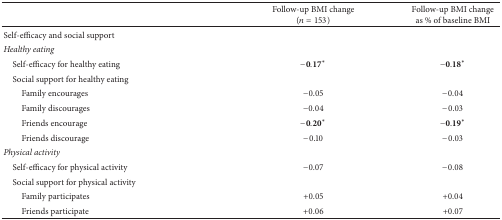
|  | Follow-up BMI change (n = 153) | Follow-up BMI change as % of baseline BMI |
 | --- | --- | --- |
 | Self-efficacy and social support |  |  |
 | Healthy eating |  |  |
 | Self-efficacy for healthy eating | −0.17∗ | −0.18∗ |
 | Social support for healthy eating |  |  |
 | Family encourages | −0.05 | −0.04 |
 | Family discourages | −0.04 | −0.03 |
 | Friends encourage | −0.20∗ | −0.19∗ |
 | Friends discourage | −0.10 | −0.03 |
 | Physical activity |  |  |
 | Self-efficacy for physical activity | −0.07 | −0.08 |
 | Social support for physical activity |  |  |
 | Family participates | +0.05 | +0.04 |
 | Friends participate | +0.06 | +0.07 |